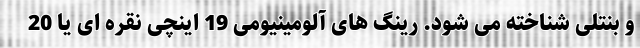
و بنتلی شناخته می شود. رینگ های آلومینیومی 19 اینچی نقره ای یا 20